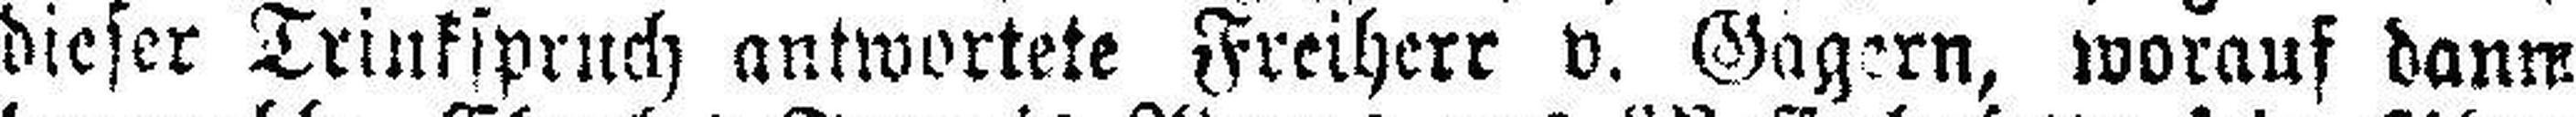
dieser Trinkspruch antwortete Freiherr v. Gagern, worauf dann